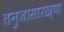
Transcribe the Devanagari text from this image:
तनुजासारख्या